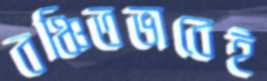
বঞ্চিতভাবেই